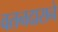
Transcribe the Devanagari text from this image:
वतनदाराने